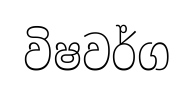
විෂවර්ග